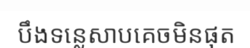
បឹងទន្លេសាបគេចមិនផុត